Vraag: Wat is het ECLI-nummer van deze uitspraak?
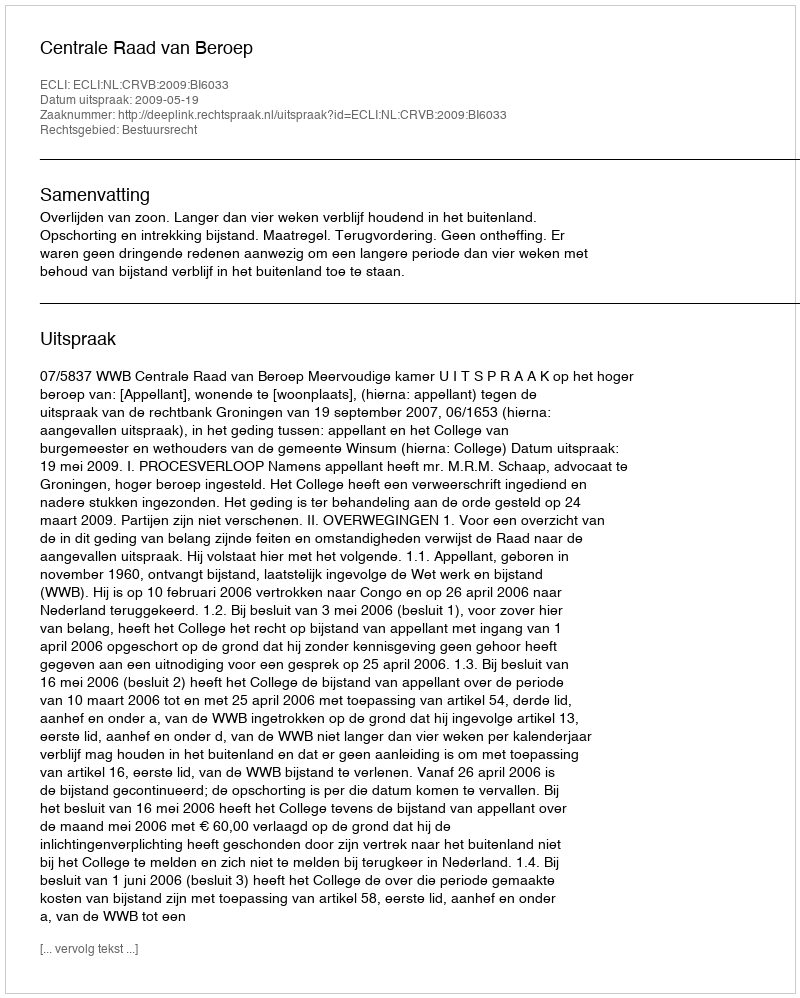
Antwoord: ECLI:NL:CRVB:2009:BI6033